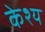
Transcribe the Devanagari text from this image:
केश्य